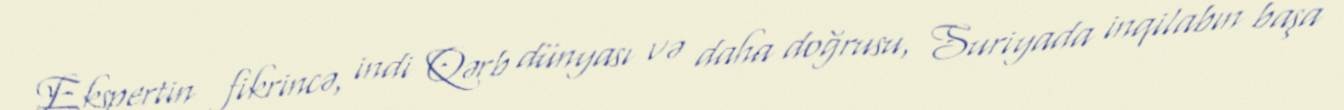
Ekspertin fikrincə, indi Qərb dünyası və daha doğrusu, Suriyada inqilabın başa